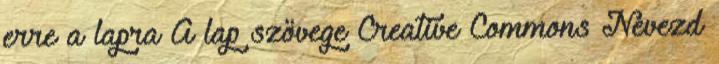
erre a lapra A lap szövege Creative Commons Nevezd